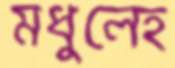
মধুলেহ